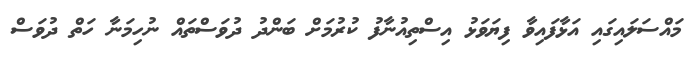
މައްސަލައިގައި އަޅާފައިވާ ފިޔަވަޅު އިސްތިއުނާފު ކުރުމަށް ބަންދު ދުވަސްތައް ނުހިމަނާ ހަތް ދުވަސް